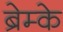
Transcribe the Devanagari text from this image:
ब्रेम्के